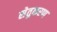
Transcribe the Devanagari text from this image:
सेतुकरण